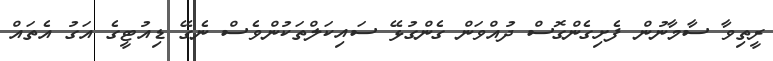
ރީތިވާ ސާމާނުން ފެށިގެންގޮސް ދުއްވަން ގެންގުޅޭ ސައިކަލްތަކުންވެސް ނެގޭ ޑިއުޓީގެ އަގު އެތައް